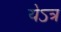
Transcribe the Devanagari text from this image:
येऽत्र